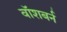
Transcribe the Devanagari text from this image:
वॉशबर्न